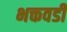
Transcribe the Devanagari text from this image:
भक्तवडी